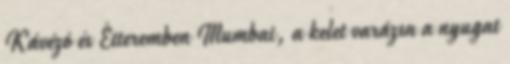
Kávézó és Étteremben Mumbai, a kelet varázsa a nyugat